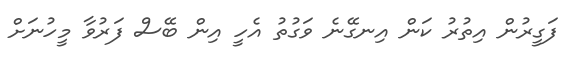
ފަގީރުން އިތުރު ކަން އިނގޭނެ ވަގުތު އެހީ އިން ބޭސް ފަރުވާ މީހުނަށް